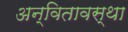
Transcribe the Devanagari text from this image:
अन्वितावस्था